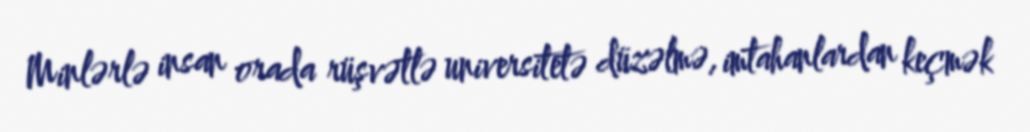
Minlərlə insan orada rüşvətlə universitetə düzəlmə, imtahanlardan keçmək